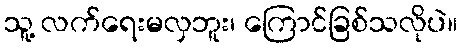
သူ့ လက်ရေးမလှဘူး၊ ကြောင်ခြစ်သလိုပဲ။